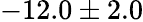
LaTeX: -12.0\pm 2.0